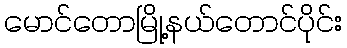
မောင်တောမြို့နယ်တောင်ပိုင်း